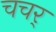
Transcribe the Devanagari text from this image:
चचर्